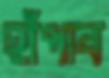
হাঁপাব